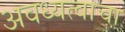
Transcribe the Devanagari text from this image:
अवध्यत्वाचा